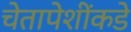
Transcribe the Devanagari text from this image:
चेतापेशींकडे